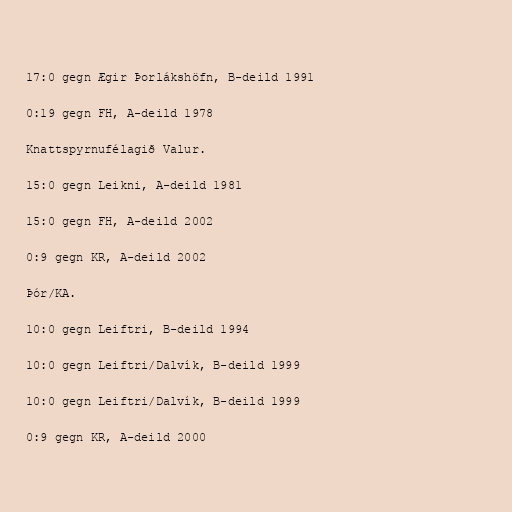
17:0 gegn Ægir Þorlákshöfn, B-deild 1991

0:19 gegn FH, A-deild 1978

Knattspyrnufélagið Valur.

15:0 gegn Leikni, A-deild 1981

15:0 gegn FH, A-deild 2002

0:9 gegn KR, A-deild 2002

Þór/KA.

10:0 gegn Leiftri, B-deild 1994

10:0 gegn Leiftri/Dalvík, B-deild 1999

10:0 gegn Leiftri/Dalvík, B-deild 1999

0:9 gegn KR, A-deild 2000